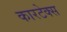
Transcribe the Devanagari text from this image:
कारटेक्स